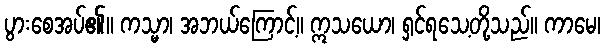
ပွားစေအပ်၏။ ကသ္မာ၊ အဘယ်ကြောင့်။ ဣသယော၊ ရှင်ရသေ့တို့သည်။ ကာမေ၊